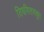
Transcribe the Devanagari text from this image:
तिरुवित्तमकूर